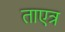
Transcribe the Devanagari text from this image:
ताएत्र